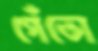
গেঁতো